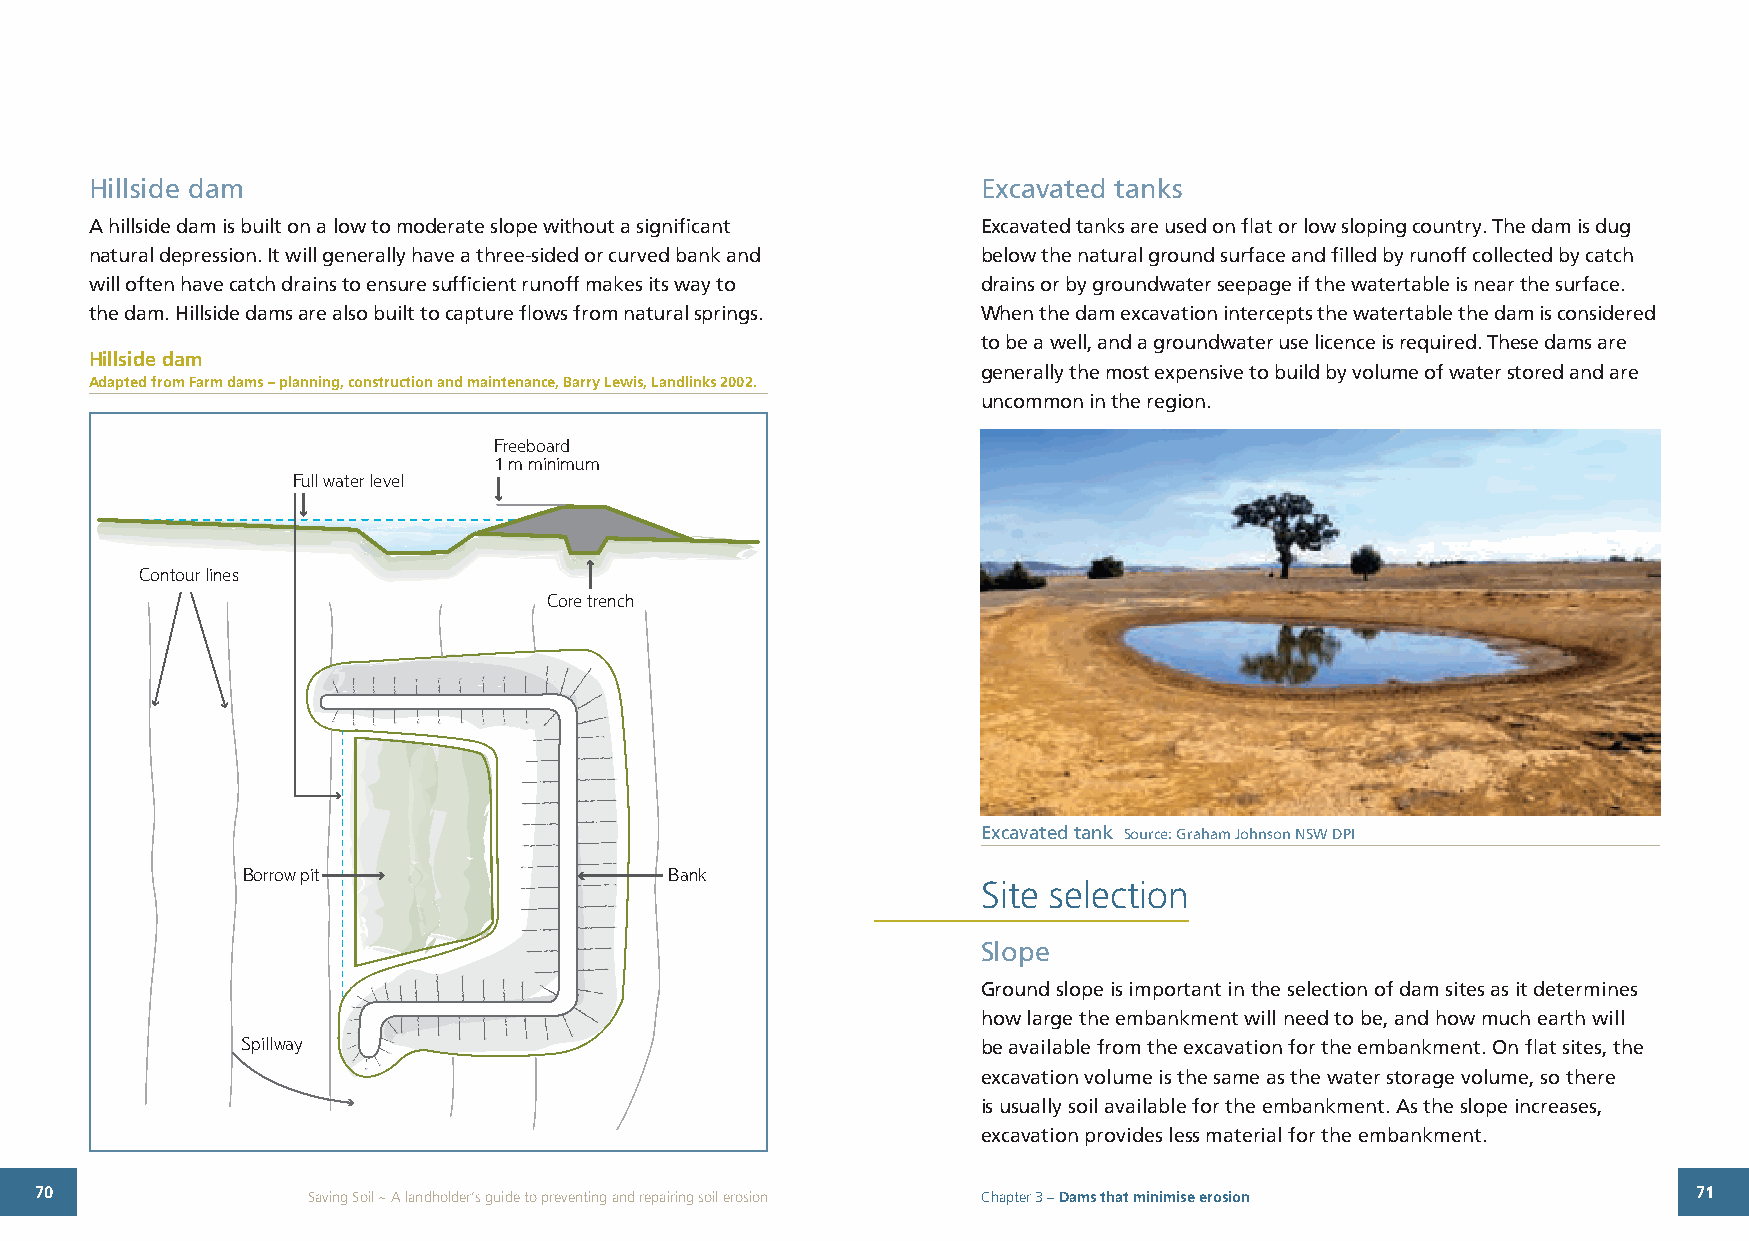
Hillside dam                                               Excavated tanks
 A hillside dam is built on a low to moderate slope without a significant Excavated tanks are used on flat or low sloping country. The dam is dug
 natural depression. It will generally have a three-sided or curved bank and below the natural ground surface and filled by runoff collected by catch
 will often have catch drains to ensure sufficient runoff makes its way to drains or by groundwater seepage if the watertable is near the surface.
 the dam. Hillside dams are also built to capture flows from natural springs. When the dam excavation intercepts the watertable the dam is considered
 to be a well, and a groundwater use licence is required. These dams are
 Hillside dam
 generally the most expensive to build by volume of water stored and are
 Adapted from Farm dams – planning, construction and maintenance, Barry Lewis, Landlinks 2002.
 uncommon in the region.
 Freeboard
 1 m minimum
 Full water level
 Contour lines
 Core trench
 Excavated tank Source: Graham Johnson NSW DPI
 Borrow pit                  Bank
 Site selection
 Slope
 Ground slope is important in the selection of dam sites as it determines
 how large the embankment will need to be, and how much earth will
 Spillway                                         be available from the excavation for the embankment. On flat sites, the
 excavation volume is the same as the water storage volume, so there
 is usually soil available for the embankment. As the slope increases,
 excavation provides less material for the embankment.
 70                Saving Soil ~ A landholder’s guide to preventing and repairing soil erosion Chapter 3 – Dams that minimise erosion 71